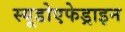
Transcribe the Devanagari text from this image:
स्यूडोएफेड्राइन